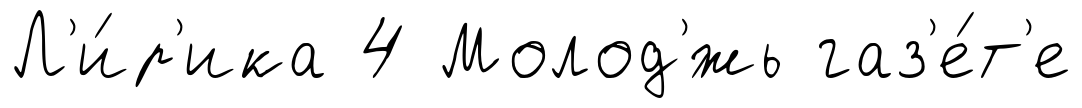
Л'и́р'ика 4 Молод'́жь газ'е́т'е